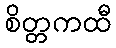
စိတ္တကထီ